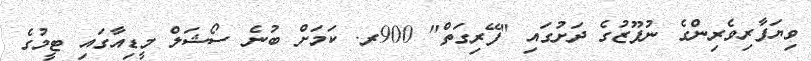
ވިޔަފާރިވެރިންގެ ނުފޫޒުގެ ދަށުގައި "ފޭރިގަތް" 900ރ. ކަމަށް ބުނެ ސޯޝަލް މީޑިއާގައި ޓީމުގެ